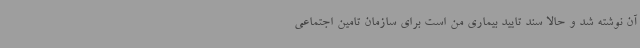
آن نوشته شد و حالا سند تایید بیماری من است برای سازمان تامین اجتماعی